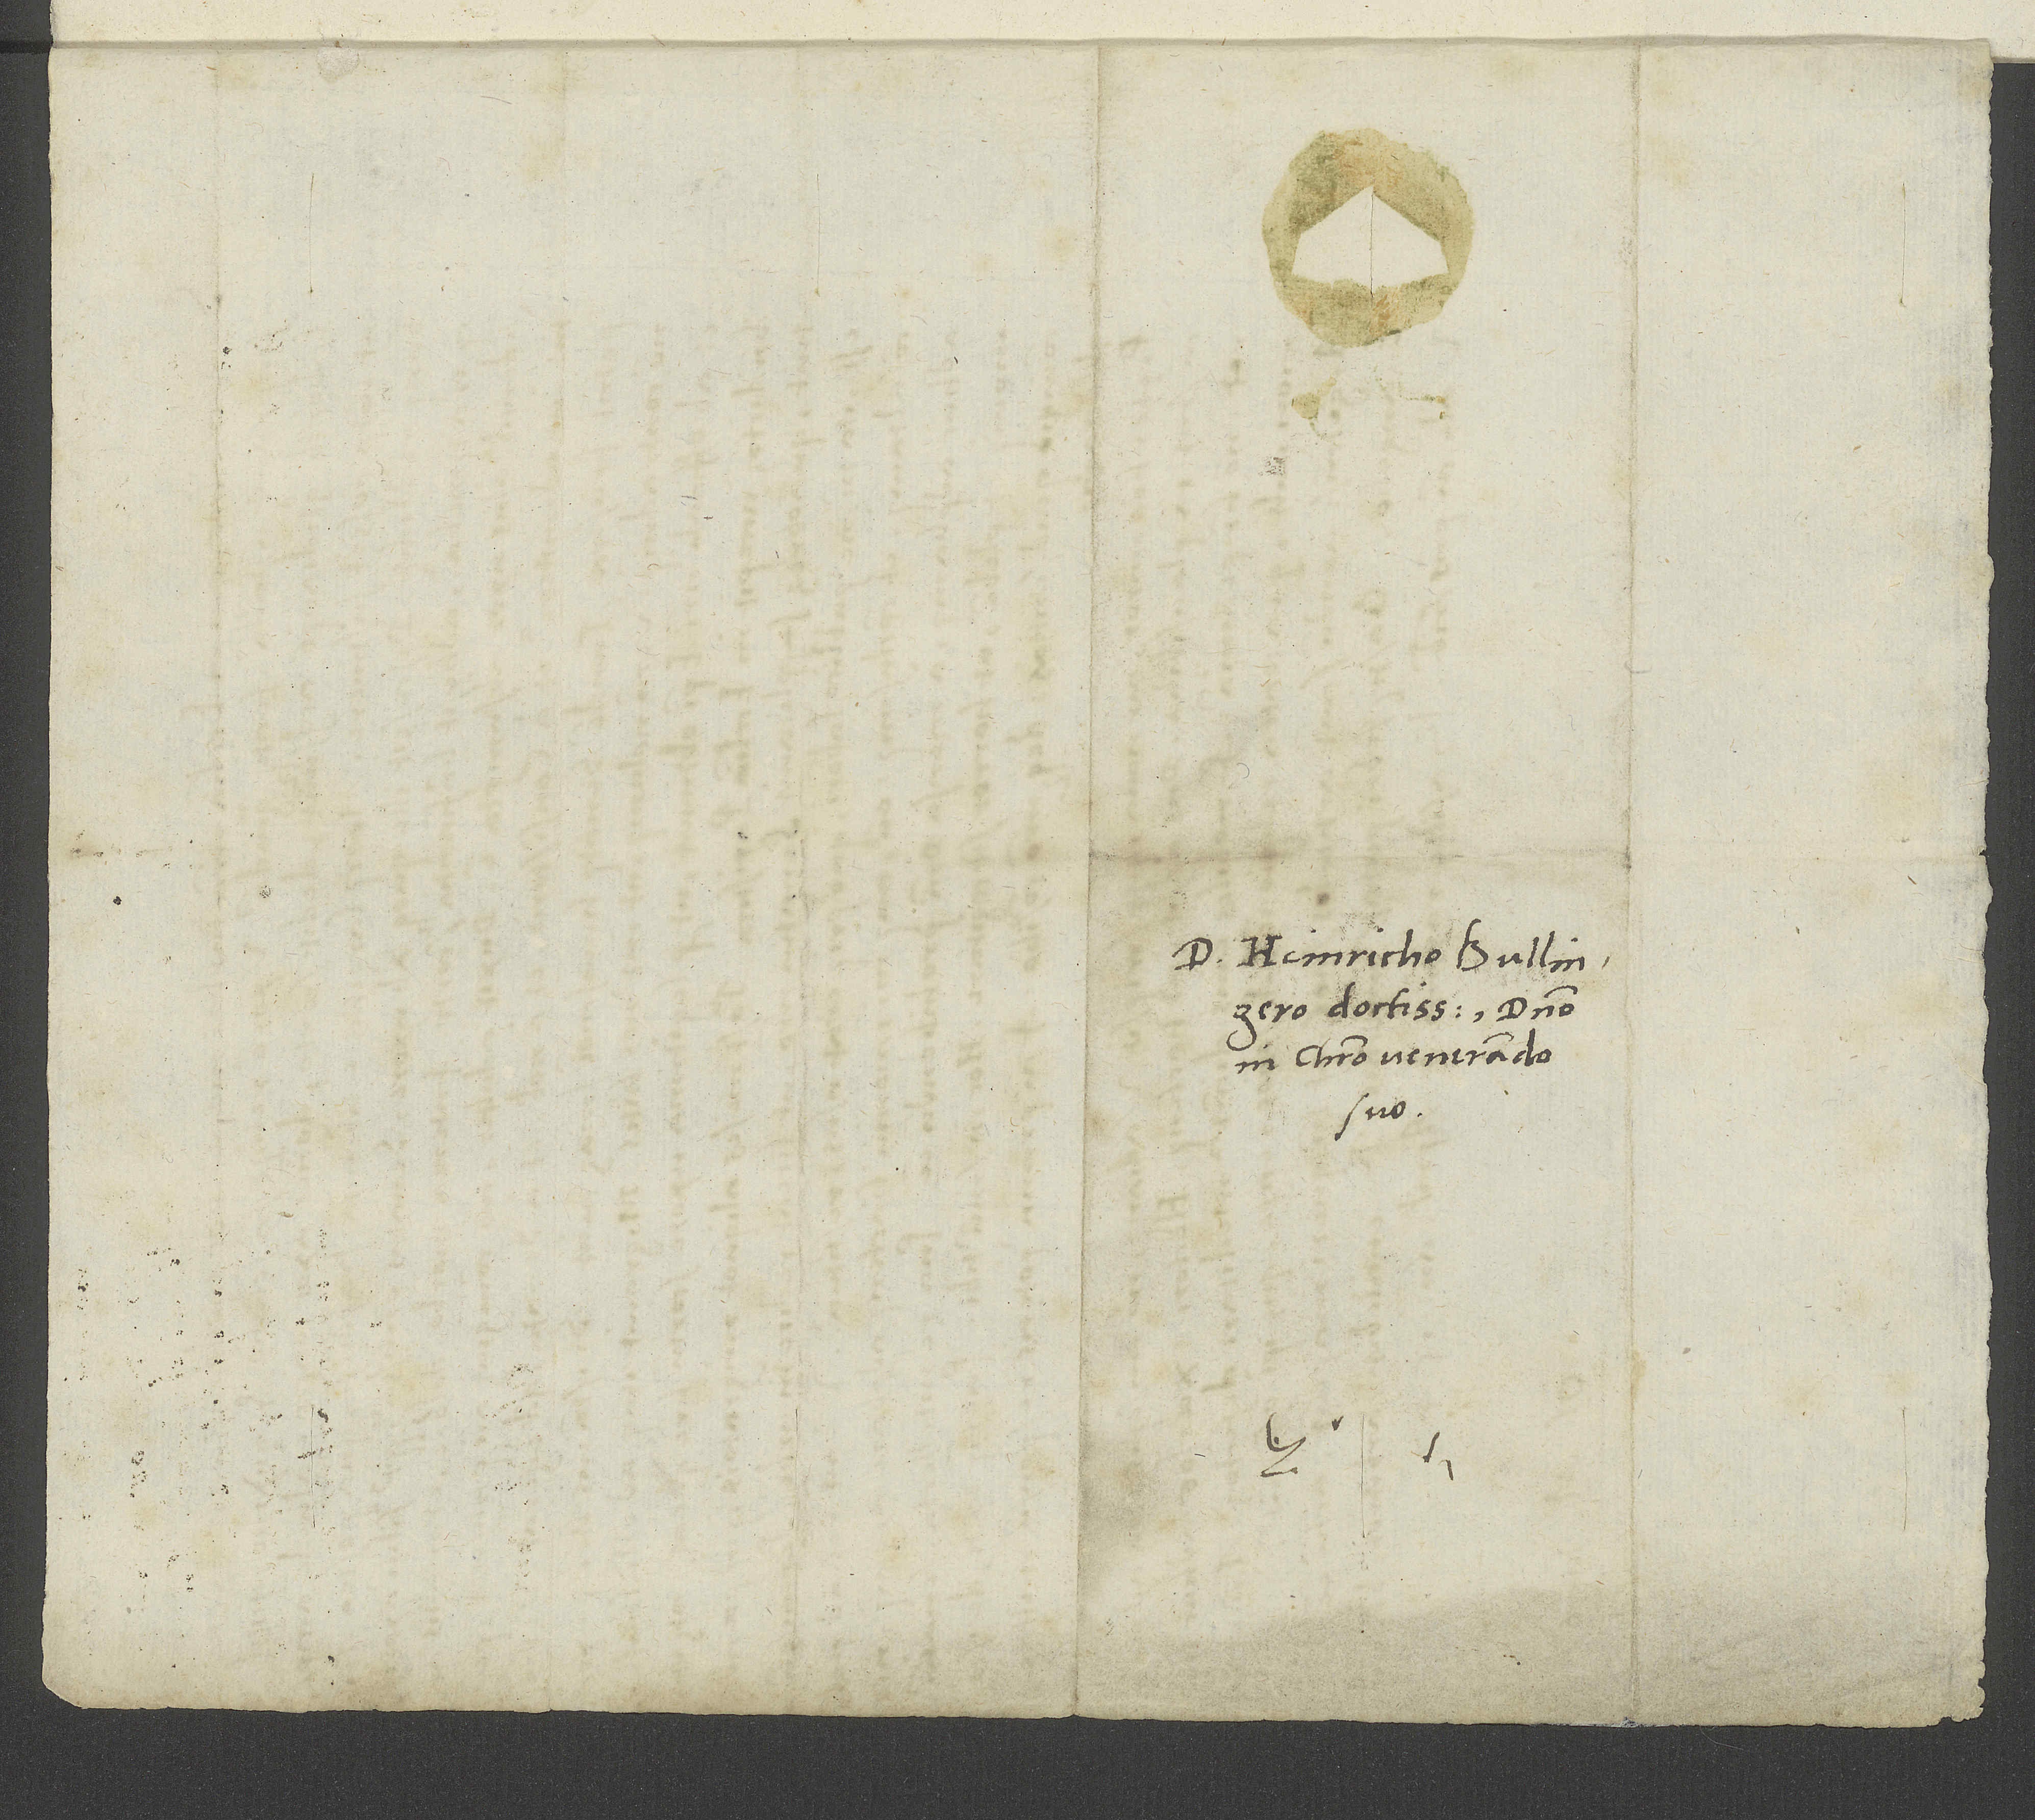
D. Heinricho Bullingero
doctissimo, domino
in Christo venerando
suo.
S.